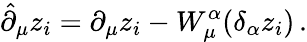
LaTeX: \hat{\partial}_{\mu}z_{i}=\partial_{\mu}z_{i}-W_{\mu}^{\alpha}(\delta_{\alpha}z_{i})\, .